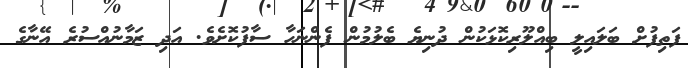
ފަތިފުށް ބަލައިލީ ބިއްލޫރިކޮޅަކުން ދުނިޔެ ބެލުމުން ފެންނަހާ ސާފުކޮށެވެ. އަދި ޒަމާނުއްސުރެ އޭނާގެ